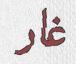
غار